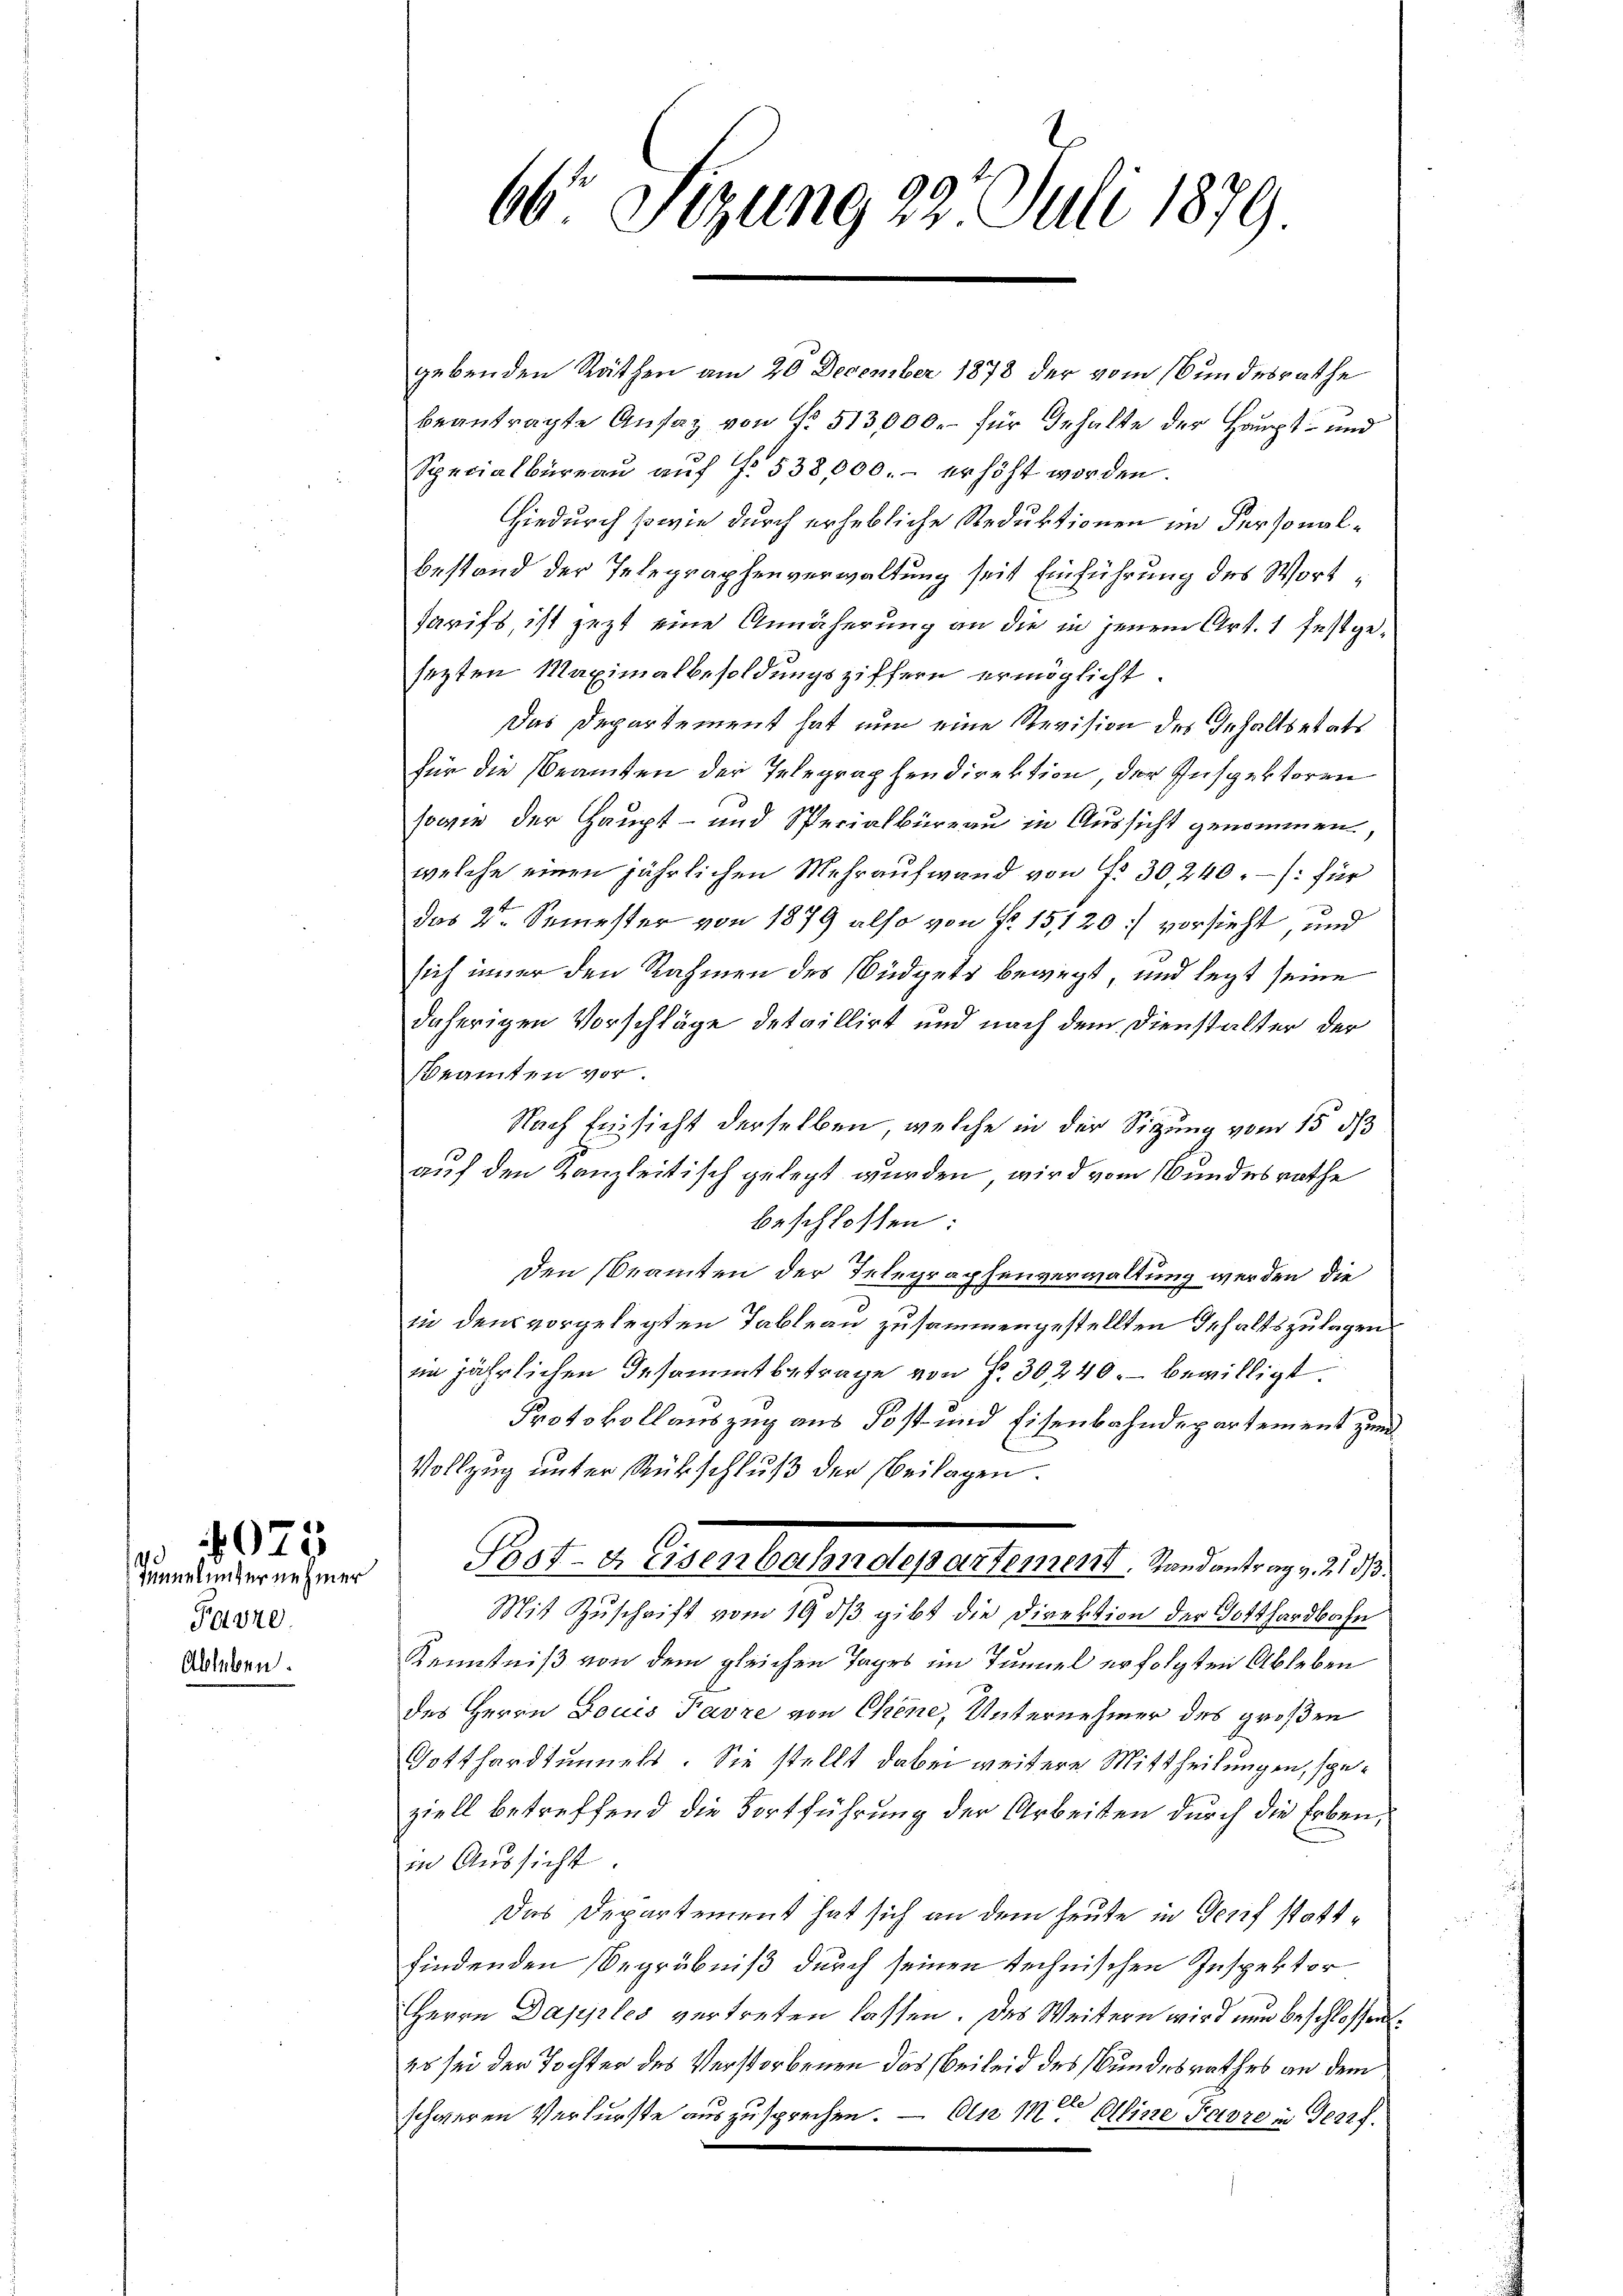
de
Favre
Ableben

075
Mmelunter nehmer

gebenden Räthen am 20 December 1878 der vom Bundesrathe
beantragte Ansaz von Nr. 513,000. für Gehalte der Haupt- und
Specialbüreau auf . 538,000.- erhöht worden.
Hiedurch sowie durch erhebliche Reduktionen im Personalbestand der Telegraphenverwaltung seit Einführung des Wort¬
Tarifs, ist jetzt eine Annäherung an die in jenem Art. 1 festgesezten Maximalbesoldungsziffern ermöglicht.
Das Departement hat nun eine Revision des Inhaltsetats
für die Beamten der Telegraphendirektion, der Inspektoren
sowie der Haupt- und Specialbüreau in Aussicht genommen,
welche einen jährlichen Mehraufwand von fr. 30, 240. /: für
das 2te Semester von 1879 also von Nr. 15120: vorsieht, und
sich immer den Rahmen des Büdgets bewegt, und legt seine
daherigen Vorschläge detaillirt und nach dem Dienstalter der
Beamten vor.
Nach Einsicht derselben, welche in der Sitzung vom 15 d
auf den Kanzleitisch gelegt wurden, wird vom Bundesrathe
beschlossen:
Den Beamten der Telegraphenverwaltung werden, die
in den vorgelegten Tableau zusammengestellten Inhaltszulagen
in jährlichen Gesammtbetrage von Fr. 30240. bewilligt.
Protokollauszug aus Post und Eisenbahndepartement zun
Vollzug unter Rückschluß der Beilagen.
Bot- & Eisenbahndepartement. Randantrag v. 213.
Mit Zŭschrift vom 19. dβ gibt die Direktion der Gotthardbahn
Kenntniß von dem gleichen Tages im Tunnel erfolgten Ableben
des Herrn Louis Favre von Chene, Unternehmer des großen
Gotthardtunnels. Sie stellt dabei weitere Mittheilungen, speziell betreffend die Fortführung der Arbeiten durch die Erben,
in Aussicht
Das Departement hat sich an dem heute in Gerif stattfindenden Begräbniß durch seinen technischen Inspektor
Herrn Dapples vertreten lassen. Des Weitern wird nun beschlossen.
Es sei der Tochter des Verstorbenen das Beileid des Bundesrathes an dem
schweren Verfürste auszusprechen. — On 12te Aline Parze in Geerf

66 Sizung 22. Juli 1879